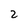
Character: 2